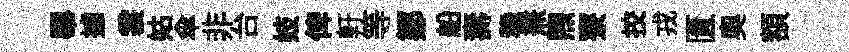
畢據裳姑傘非台妓俾軒等鄒船夀稳𠔥煦寮挍戎匱奥額